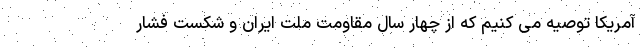
آمریکا توصیه می کنیم که از چهار سال مقاومت ملت ایران و شکست فشار